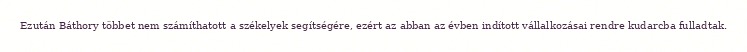
Ezután Báthory többet nem számíthatott a székelyek segítségére, ezért az abban az évben indított vállalkozásai rendre kudarcba fulladtak.